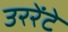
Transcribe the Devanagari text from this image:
उररेंटे